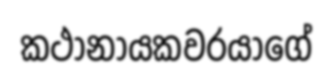
කථානායකවරයාගේ